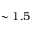
\sim 1 . 5